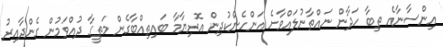
އިންސާނާއެ ތިބާ ހަދާން ނައްތާނުލައްވާށެ އަންހެންކުދިން އޮރިޔާމާ ބައިތިއްބާގެން މަތީގާ ދުއްވަމުން ގެންދާއިރު